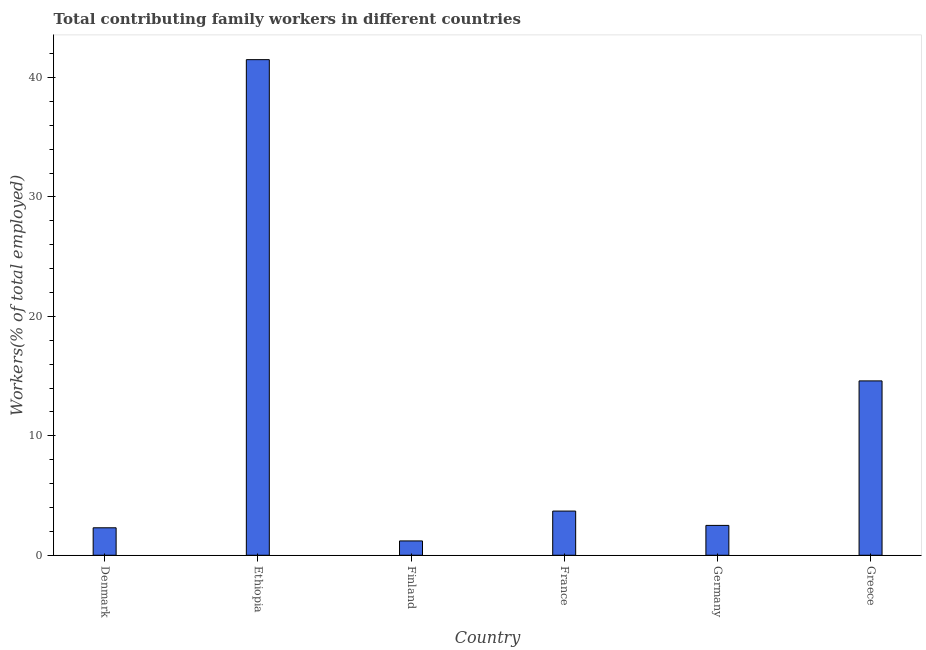
| Country | Contributing family workers |
 | --- | --- |
 | Denmark | 2.3 |
 | Ethiopia | 41.5 |
 | Finland | 1.2 |
 | France | 3.7 |
 | Germany | 2.5 |
 | Greece | 14.6 |